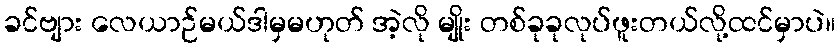
ခင်ဗျား လေယာဉ်မယ်ဒါမှမဟုတ် အဲ့လို မျိုး တစ်ခုခုလုပ်ဖူးတယ်လို့ထင်မှာပဲ။